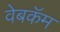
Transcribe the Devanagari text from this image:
वेबकॅम